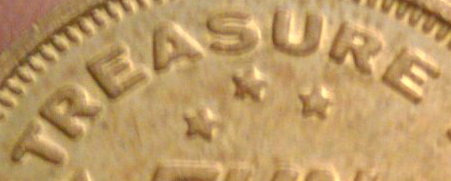
TREASURE